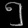
Digit: ၅